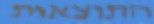
התוצאות